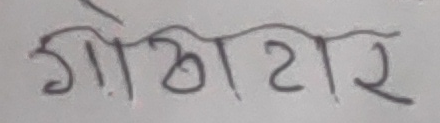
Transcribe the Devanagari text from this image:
गोटाटार